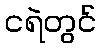
ငရဲတွင်